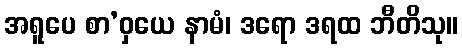
အရူပေ စာ’ဝှယေ နာမံ၊ ဒရော ဒရထ ဘီတိသု။